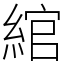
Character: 綰